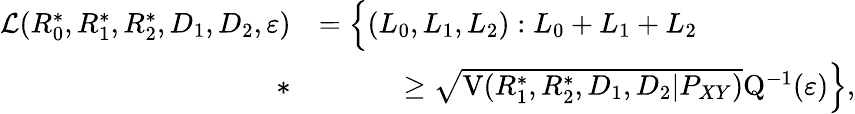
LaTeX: \begin{array}{rl}{\mathcal{L}(R_{0}^{*},R_{1}^{*},R_{2}^{*},D_{1},D_{2},\varepsilon)}&{=\Big\{ (L_{0},L_{1},L_{2}):L_{0}+L_{1}+L_{2}}\\ {*}&{\qquad\quad\geq\sqrt{\mathrm{V}(R_{1}^{*},R_{2}^{*},D_{1},D_{2}|P_{XY})}\mathrm{Q}^{-1}(\varepsilon)\Big\} ,}\end{array}